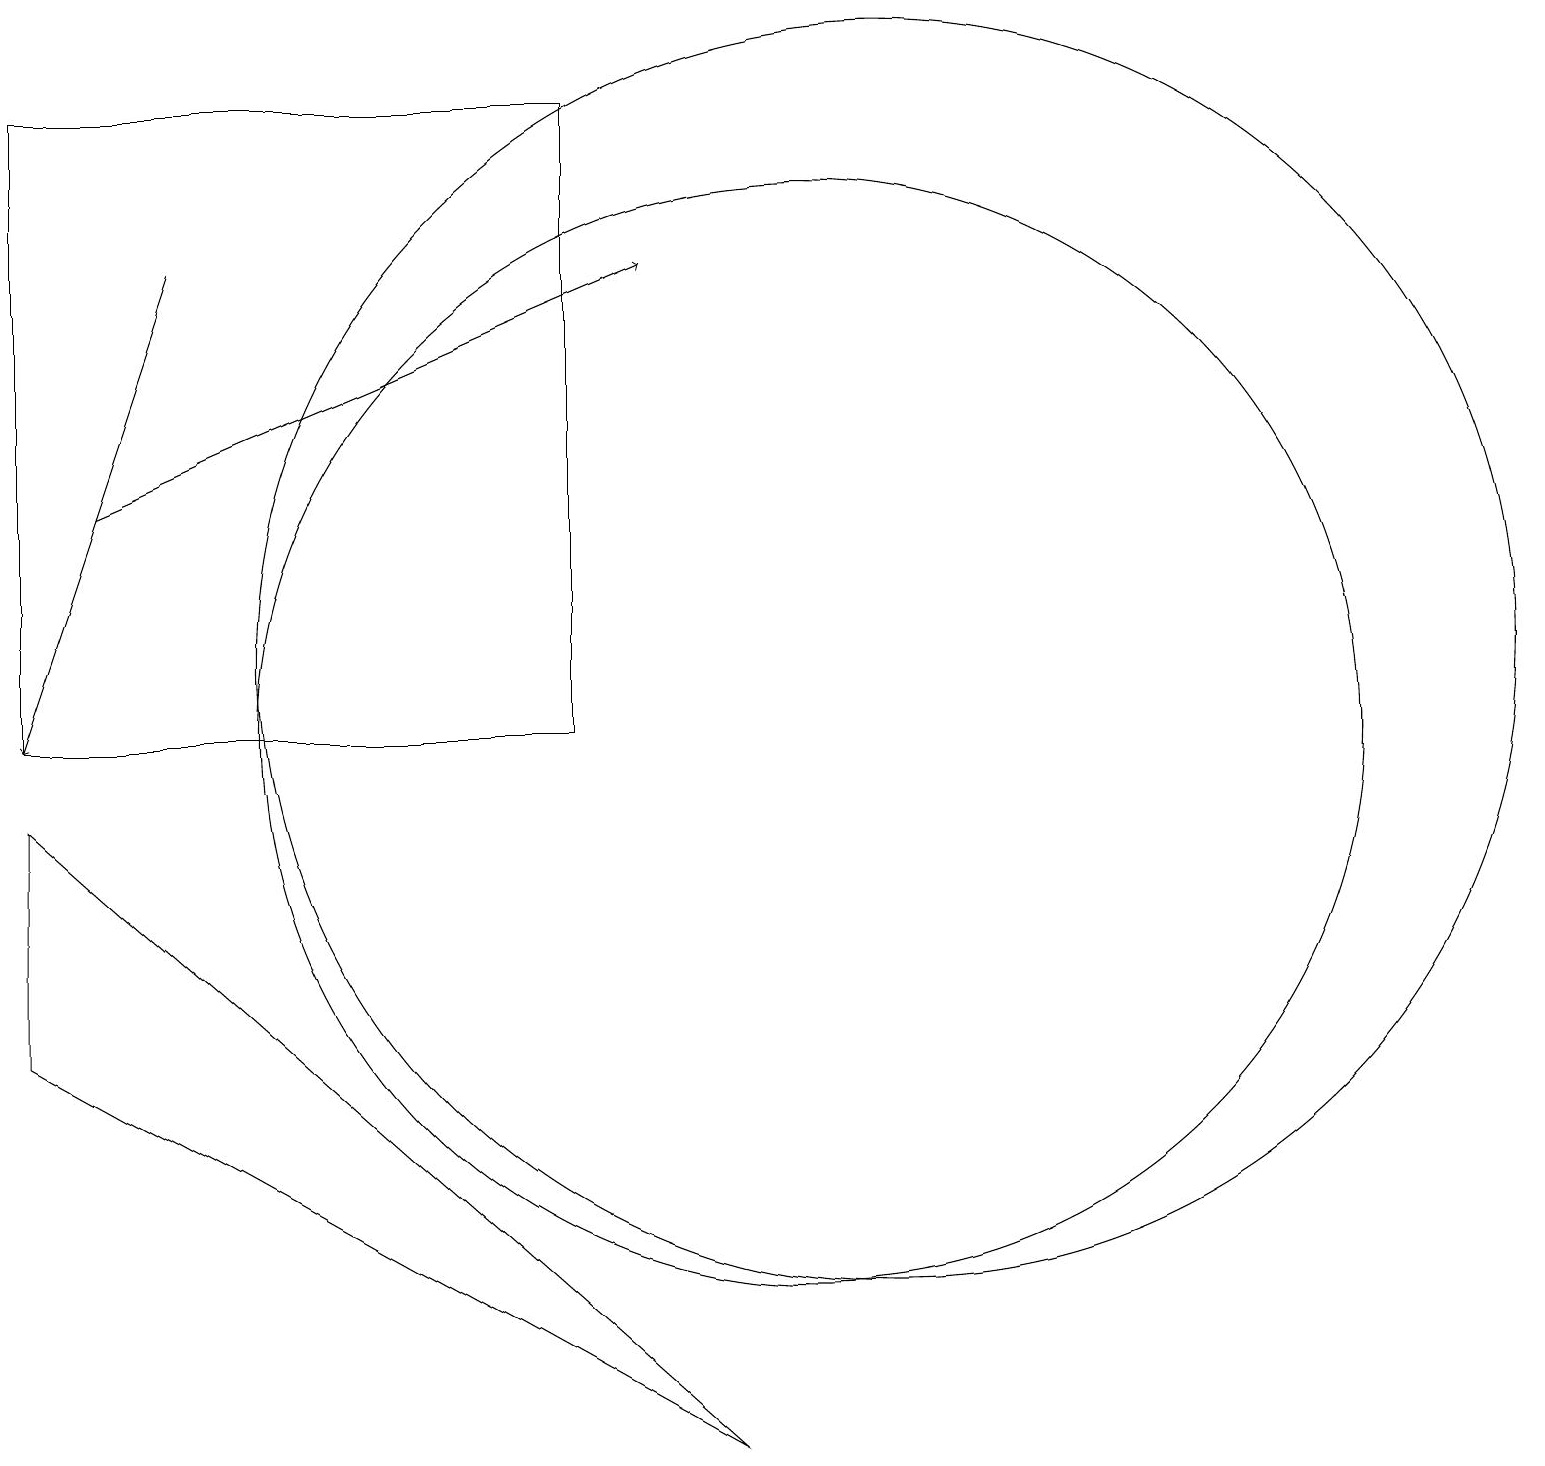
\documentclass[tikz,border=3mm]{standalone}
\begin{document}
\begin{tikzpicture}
\draw (11,11) circle (8);
\draw[->] (1,13) -- (8,16);
\draw (0,6) -- (9,1) -- (0,9) -- cycle;
\draw (10,10) circle (7);
\draw[->] (2,16) -- (0,10);
\draw (0,18) rectangle (7,10);
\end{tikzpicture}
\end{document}